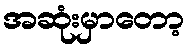
အဆုံးမှာတော့